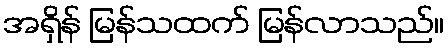
အရှိန် မြန်သထက် မြန်လာသည်။